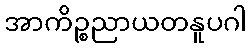
အာကိဉ္စညာယတနူပဂါ